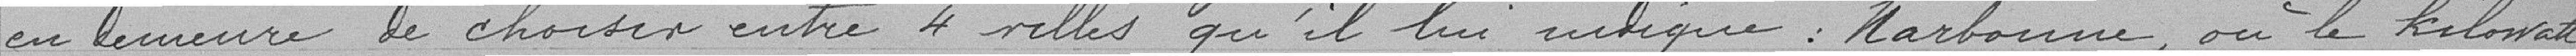
en demeure de choisir entre 4 ville qu'il lui indique : Narbonne, où le kilowatt